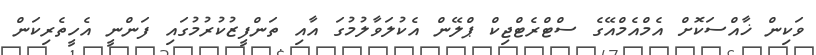
ވަކިން ޚާއްސަކޮށް އެމްއެމްއޭގެ ސްޓްރެޓްޖިކް ޕްލޭން އެކުލަވާލުމުގަ އާއި ތަންފީޒުކުރުމުގައި ފަންނީ އެހީތެރިކަން